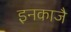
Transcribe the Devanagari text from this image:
इनकाजै